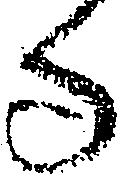
る